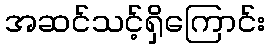
အဆင်သင့်ရှိကြောင်း